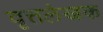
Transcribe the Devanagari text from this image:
वृत्तलेखक